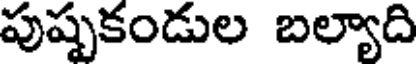
పుష్పకండుల బల్యాది